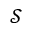
\mathcal { S }